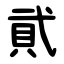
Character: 貮